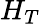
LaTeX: H_{T}